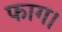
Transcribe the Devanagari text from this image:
फाग।